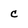
Character: c